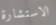
الاستشارة